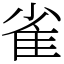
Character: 雀